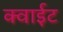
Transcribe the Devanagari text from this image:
क्वाईट